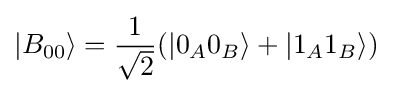
|B_{00}\rangle ={\frac {1}{\sqrt {2}}}(|0_{A}0_{B}\rangle +|1_{A}1_{B}\rangle )